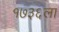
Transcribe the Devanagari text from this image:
१७३६ला